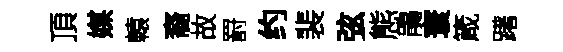
頂媒轅裔故罸约裴弦態鵑寰箴躇